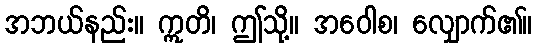
အဘယ်နည်း။ ဣတိ၊ ဤသို့။ အဝေါစ၊ လျှောက်၏။